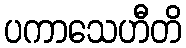
ပကာသေဟီတိ